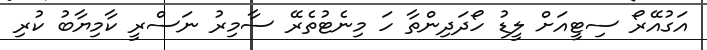
އަގުއޭރޯ ސިޓީއަށް ލީޑު ހޯދަދިންތާ ހަ މިނެޓުތެރޭ ސާމިރު ނަސްރީ ކާމިޔާބު ކުރި